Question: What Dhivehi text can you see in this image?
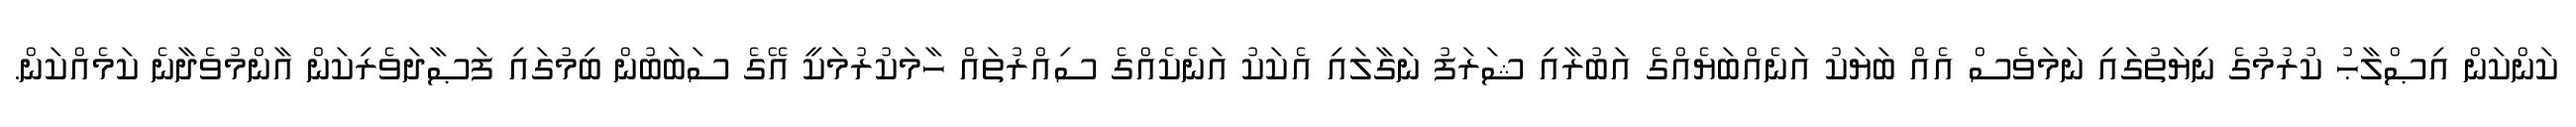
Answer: ކަންކަން އިޞްލާޙު ކުރުމުގެ ނިޔަތުގައި ނަމަވެސް އެއް ބަޔަކު އަނެއްބަޔެއްގެ އަބުރާއި ޝަރަފު ނަގާލައި އެކަކު އަނެކެއްގެ ސިއްރުތައް ހާމަކުރުމަކީ އޭގެ ސަބަބުން ބިމުގައި ފަޞާދަވެރިކަން އާންމުވެދާނެ ކަމެއްކަން.